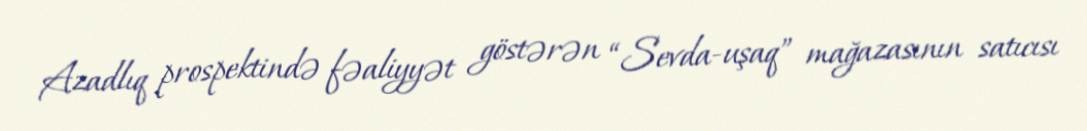
Azadlıq prospektində fəaliyyət göstərən “Sevda-uşaq” mağazasının satıcısı